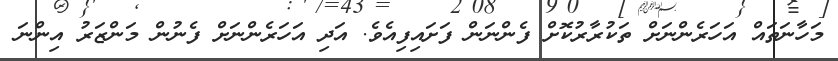
މަހާނަތައް އަހަރެންނަށް ތަކުރާރުކޮށް ފެންނަން ފަށައިފިއެވެ. އަދި އަހަރެންނަށް ފެނުން މަންޒަރު އިންނަ